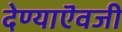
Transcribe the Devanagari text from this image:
देण्याऎवजी